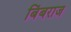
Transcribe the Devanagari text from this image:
बिंबराज